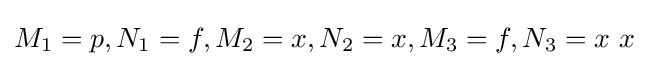
M_{1}=p,N_{1}=f,M_{2}=x,N_{2}=x,M_{3}=f,N_{3}=x\ x